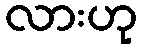
လားဟု